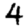
Digit: 4